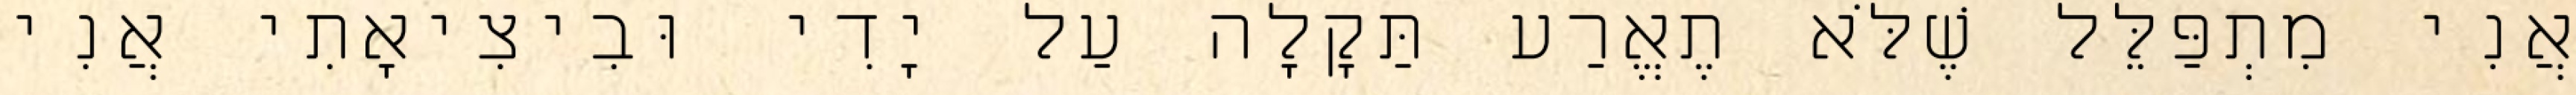
אֲנִי מִתְפַּלֵּל שֶׁלֹּא תֶאֱרַע תַּקָלָה עַל יָדִי וּבִיצִיאָתִי אֲנִי